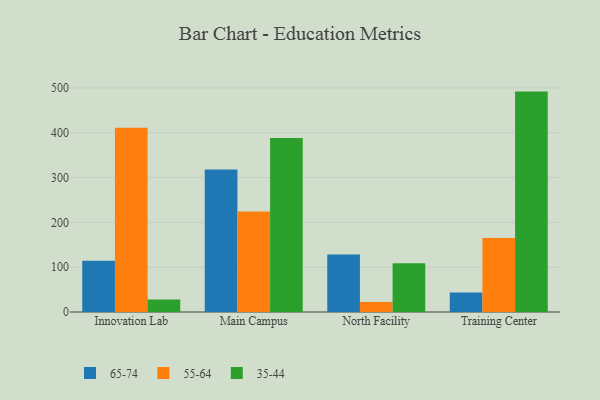
{"axis": {"x": "Campus", "y": "Budget (USD K)"}, "legend": ["35-44", "55-64", "65-74"], "data": [{"x": "Innovation Lab", "y": 114.4, "type": "65-74"}, {"x": "Innovation Lab", "y": 410.9, "type": "55-64"}, {"x": "Innovation Lab", "y": 27.7, "type": "35-44"}, {"x": "Main Campus", "y": 317.7, "type": "65-74"}, {"x": "Main Campus", "y": 224.4, "type": "55-64"}, {"x": "Main Campus", "y": 388.3, "type": "35-44"}, {"x": "North Facility", "y": 128.2, "type": "65-74"}, {"x": "North Facility", "y": 22.1, "type": "55-64"}, {"x": "North Facility", "y": 108.7, "type": "35-44"}, {"x": "Training Center", "y": 43.3, "type": "65-74"}, {"x": "Training Center", "y": 165.3, "type": "55-64"}, {"x": "Training Center", "y": 491.8, "type": "35-44"}]}